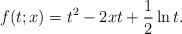
LaTeX: \begin{align*} f(t;x)=t^2-2xt+{1\over2}\ln t.\end{align*}